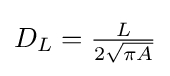
{\textstyle D_{L}={\frac {L}{2{\sqrt {\pi A}}}}}